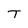
Character: T